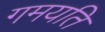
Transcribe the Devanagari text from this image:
गमयति